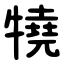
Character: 㹓